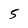
Character: 5